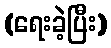
(ရေးခဲ့ပြီး)